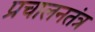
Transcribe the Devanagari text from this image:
प्रचालनतंत्र